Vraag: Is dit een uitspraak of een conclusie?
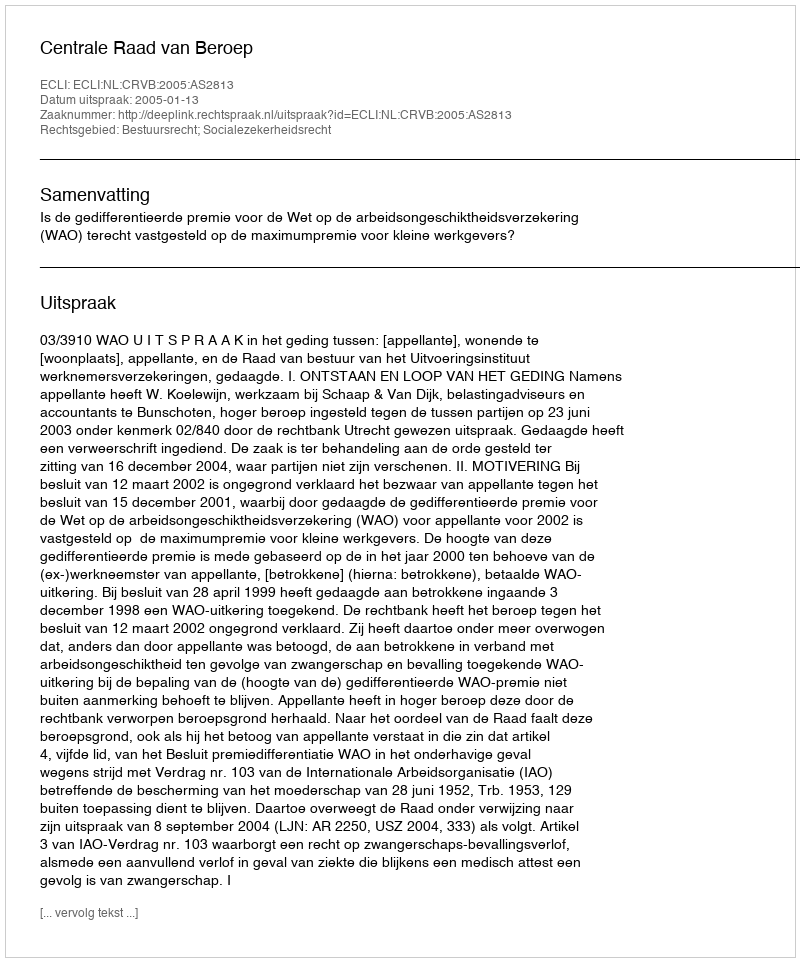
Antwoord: Uitspraak